Civil Veterinary Department. United Provinces 1923-31 - 1923-1931
Year: 1923
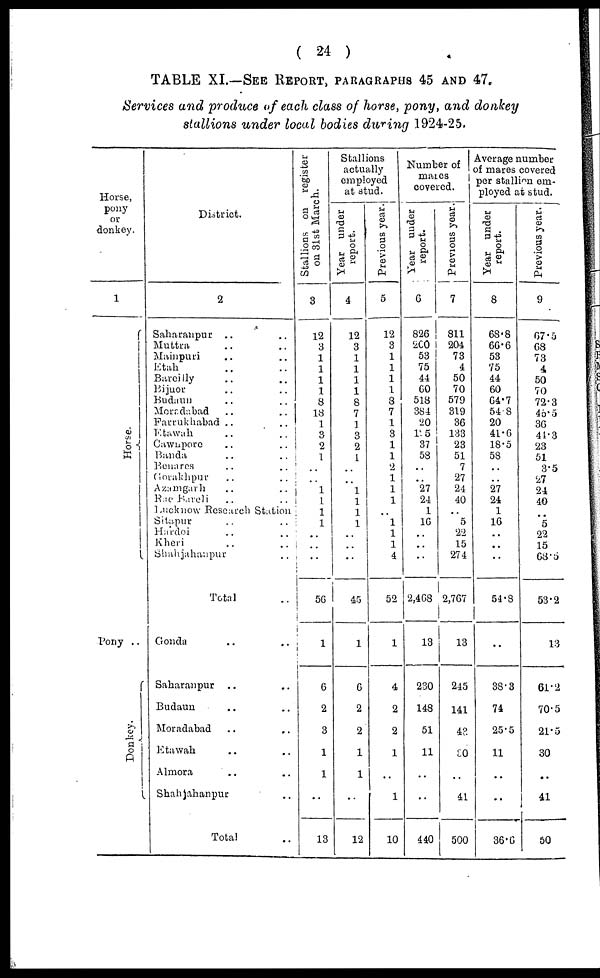
( 24 )
TABLE
XI.—SEE
REPORT,
PARAGRAPHS
45 AND 47.
Services and produce of each class of horse, pony, and donkey
stallions under local bodies during 1924-25.
Horse,
pony
or
donkey.
1
Hor se.
Pony ..
Donkey.
District.
2
Saharanpur .. ..
Muttra .. ..
Mainpuri .. ..
Etah .. ..
Bareilly .. ..
Bijuor .. ..
Budaun .. ..
Merrdabad
.. ..
Farrakhabad .. ..
Etawah .. ..
Cawapore .. ..
Banda .. ..
Benares .. ..
Gorakhpur .. ..
Azamgarh .. ..
Rae Bareti .. ..
Lucknow Research Station
Sitapur .. ..
Mehlei .. ..
Kheri .. ..
Shahjahanpur ..
Total
..
Gonda .. ..
Saharanpur .. ..
Budaun .. ..
Moradabad .. ..
Etawah .. ..
Almora .. ..
Shahjahanpur ..
Total ..
Stallions on
register
on 31st March.
3
12
3
1
1
1
1
8
18
1
3
2
1
..
..
1
1
1
1
..
..
..
56
1
6
2
3
1
1
..
13
Stallions
actually
employed
at
stud.
Year under
report.
4
12
3
1
1
1
1
8
7
1
3
2
1
..
..
1
1
1
1
..
..
..
45
..
6
2
2
1
1
..
12
Previous year.
5
12
3
..
..
..
..
..
..
..
3
1
..
2
..
..
1
..
1
..
..
..
52
1
4
2
2
1
..
1
10
Number of
mares
covered.
Year under
report.
6
826
200
53
75
44
60
518
384
20
1 5
37
58
..
..
27
24
1
16
..
..
..
2,468
13
230
148
51
11
..
..
440
Previous year.
7
811
204
73
4
50
70
579
319
36
133
23
51
7
27
24
40
..
5
22
15
274
2,767
13
245
141
42
:.0
..
41
500
Average number
of mares covered
per stallion em-
ployed at stud.
Year under
report.
8
68.8
66.6
53
75
44
GO
64.7
54 8
20
41.6
18.5
58
..
..
27
24
1
16
..
..
..
54.8
..
38.3
74
25.5
11
..
..
36.6
Previous year.
9
67.5
68
73
4
50
70
72.3
43.5
36
44.3
23
51
3.5
27
24
40
..
5
22
15
..
53.2
13
61.2
70.5
21.5
30
..
41
50